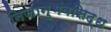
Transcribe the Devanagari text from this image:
निजानुभवसिद्ध